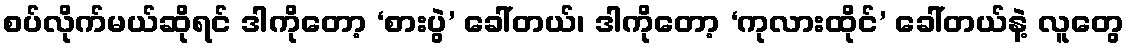
စပ်လိုက်မယ်ဆိုရင် ဒါကိုတော့ ‘စားပွဲ’ ခေါ်တယ်၊ ဒါကိုတော့ ‘ကုလားထိုင်’ ခေါ်တယ်နဲ့ လူတွေ